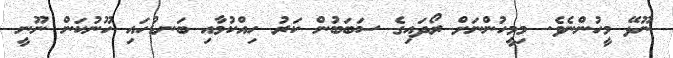
ނޫޅޭ މީހުންނެވެ. މިމީހުންނަށް ރޯދައިގެ ސަބަބުން ކަރު ހިއްކުމާއި ބަނޑުހައި ހޫނުކަން ނޫނީ